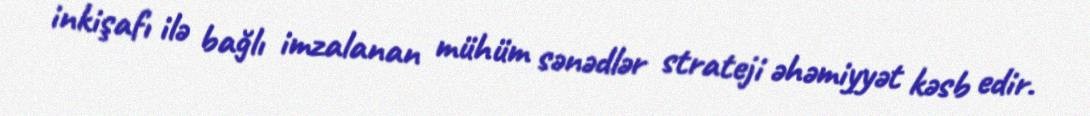
inkişafı ilə bağlı imzalanan mühüm sənədlər strateji əhəmiyyət kəsb edir.